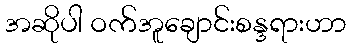
အဆိုပါ ဝက်အူချောင်းစန္ဒရားဟာ